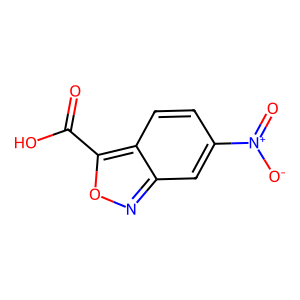
SMILES: O=C(O)c1onc2cc([N+](=O)[O-])ccc12
Inhibits HIV replication: No